Annual report on the working of the mental hospitals in the Madras Presidency - 1912-1932
Year: 1912
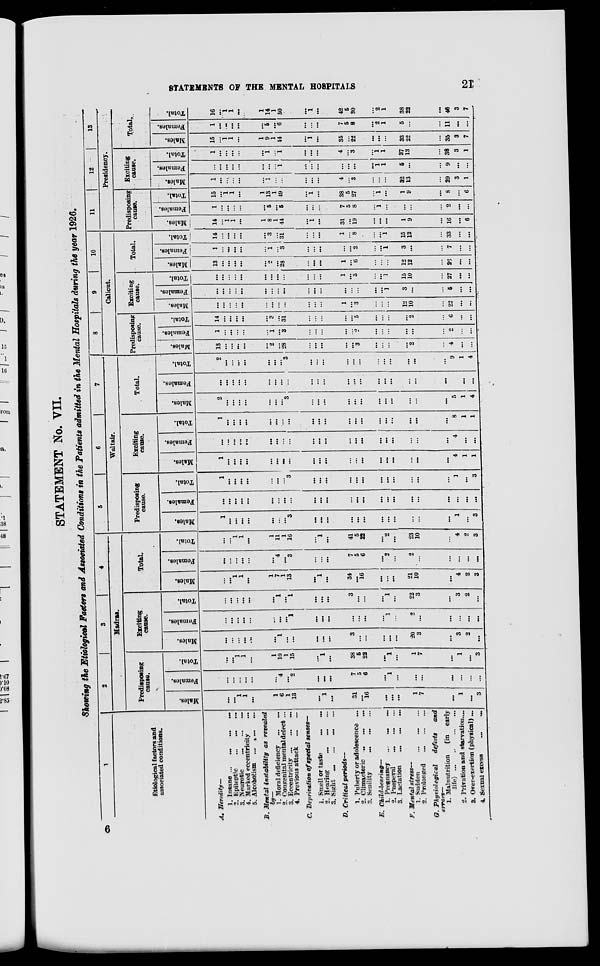
STATEMENTS OF THE MENTAL HOSPITALS
21
STATEMENT No. VII.
Showing the Etiological Factors and Associated Conditions in the Patients admitted in the Mental Hospitals during the year 1926.
1
Etiological factors and
associated conditions.
A. Heredity—
1. Insane ...
...
...
…
2. Epileptic
…
…
…
3. Neurotic
...
...
...
4. Marked eccentricity …
5. Alcoholism ...
…
…
B. Mental instability
as revealed
by—
1. Moral deficiency
…
…
2. Congenital mental defect ...
3. Eccentricity … … …
4. Previous attack
…
…
C. Deprivation of special senses—
1. Smell or taste ... ...
2. Hearing
…
…
…
3. Sight
…
…
…
…
D. Critical periods—
1. Puberty or adolescence ...
2. Climacteric
…
...
...
3. Senility
…
…
…
E.
Child-bearing—
1. Pregnancy … … …
2. Puepeval
…
…
…
3. Lactation
...
…
…
F. Mental stress—
1. Sudden … … …
2. Prolonged
…
…
…
G. Physiological
defects
and
errors—
1. Malnutrition
(in
early
life)
…
…
…
…
2. Privation and starvation....
3. Over-exertion (physical) ...
4. Sexual excess
...
…
2
3
4
Madras.
Predisposing
cause.
Males.
…
…
1
1
…
1
6
1
13
…
1
…
31
...
16
…
…
…
1
7
…
1
…
3
Females.
…
…
...
…
...
…
4
...
2
...
...
...
7
5
6
...
1
...
…
…
...
...
...
…
Total.
...
...
1
1
...
1
10
1
15
…
1
…
38
5
22
…
1
...
1
7
...
1
…
3
Exciting
cause.
Males.
...
...
...
...
...
...
1
…
...
…
…
…
3
...
...
…
…
…
20
3
…
3
2
...
Females.
...
...
...
...
...
...
...
...
1
...
...
...
...
...
...
...
1
...
2
...
...
...
…
…
Total.
...
...
...
...
...
...
1
...
1
...
...
...
3
...
...
...
1
...
22
3
…
3
2
...
Total.
Males.
...
…
1
1
...
1
7
1
13
...
1
...
34
...
16
...
...
...
21
10
…
4
2
3
Females.
...
...
...
...
...
...
4
…
3
...
...
...
7
5
6
…
2
...
2
...
...
...
...
…
Total.
...
...
1
1
...
1
11
1
16
...
1
…
41
5
22
...
2
…
23
10
...
4
2
3
5
6
7
Waltair.
Predisposing
cause.
Males.
1
…
…
…
…
…
...
...
3
…
…
...
…
…
…
…
...
...
…
...
…
1
...
3
Females.
…
…
…
…
...
...
...
…
...
...
...
…
…
...
…
…
...
…
...
...
…
...
…
...
Total.
1
...
…
…
…
...
...
...
3
…
…
…
...
…
…
…
...
...
…
...
…
1
...
3
Exciting
cause.
Males.
1
...
...
...
...
...
...
…
...
…
…
…
...
...
…
…
…
…
…
…
…
4
1
1
Females.
…
...
...
...
...
…
...
...
...
…
...
…
…
…
…
…
…
...
…
...
...
4
...
…
Total.
1
...
…
…
…
…
…
...
…
…
…
...
…
…
…
…
…
...
...
...
...
8
1
1
Total.
Males.
2
…
…
…
…
…
…
…
3
...
…
...
...
…
...
...
…
...
…
...
...
5
1
4
Females.
...
…
...
…
...
...
…
…
...
…
...
...
...
...
...
...
...
...
…
...
…
4
…
…
Total.
2
…
...
...
…
...
...
...
3
…
...
...
...
...
...
...
...
...
...
…
…
9
1
4
8
9 10
Calicut.
Predisposing
cause.
Males.
13
...
...
...
...
…
2
…
28
...
…
…
...
...
3
...
...
...
...
2
...
4
…
...
Females.
1
...
...
...
...
...
1
...
3
...
...
...
...
…
2
...
...
...
...
...
...
2
...
...
Total.
14
...
...
...
...
…
3
...
31
...
...
...
...
...
5
...
...
...
...
2
...
6
...
...
Exciting
cause.
Males.
...
...
...
...
...
...
...
...
…
...
...
...
1
...
3
...
...
...
12
10
...
22
…
...
Females.
...
...
…
...
...
...
...
...
...
...
...
...
...
...
...
…
...
1
3
...
...
6
...
…
Total.
...
…
...
...
...
...
...
...
...
...
...
...
1
...
3
...
…
1
15
10
...
27
…
...
Total.
Males.
13
...
...
...
...
…
2
...
28
...
…
...
1
...
6
...
...
...
12
12
...
26
…
...
Females.
1
...
...
...
...
...
1
...
3
...
...
…
...
...
2
...
...
1
3
...
...
7
...
…
Total.
14
...
...
...
...
...
3
...
31
...
...
...
1
...
8
...
…
1
15
12
...
33
...
…
11
12
13
Presidency.
Predisposing
cause.
Males.
14
...
1
1
…
1
8
1
44
...
1
...
31
...
19
...
...
...
1
9
...
16
…
6
Females.
1
…
…
...
...
...
5
...
5
...
...
...
7
5
8
...
1
...
...
...
...
2
...
...
Total.
15
…
1
1
...
1
13
1
49
...
1
...
38
5
27
…
1
...
1
9
…
18
…
6
Exciting
cause.
Males.
1
...
…
...
...
…
1
...
...
...
...
...
4
...
3
...
...
...
32
13
...
29
3
1
Females.
...
...
...
...
...
...
...
…
1
...
...
...
...
...
...
...
1
1
5
...
...
9
...
...
Total.
1
…
...
...
…
...
1
… 1
…
…
...
4
…
3
…
1
1
37
13
...
38
3
1
Total.
Males.
15
…
1
1
...
1
9
1
44
...
1
...
35
...
22
…
…
...
33
22
...
35
3
7
Females.
1
...
…
...
...
…
5
...
6
...
...
...
7
5
8
...
2
1
5
...
...
11
...
...
Total.
16
...
1
1
...
1
14
1
50
…
1
…
42
5
30
...
2
1
38
22
...
46
3
7
6